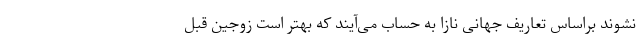
نشوند براساس تعاریف جهانی نازا به حساب می‌آیند که بهتر است زوجین قبل